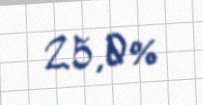
25,0%